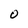
Character: O